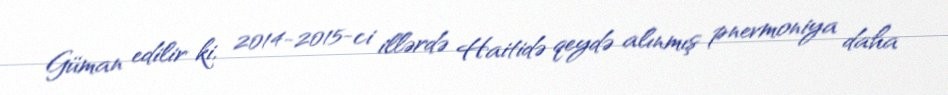
Güman edilir ki, 2014-2015-ci illərdə Haitidə qeydə alınmış pnevmoniya daha